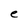
Character: e